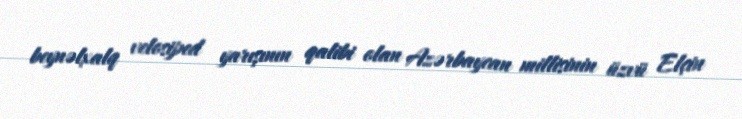
beynəlxalq velosiped yarışının qalibi olan Azərbaycan millisinin üzvü Elçin